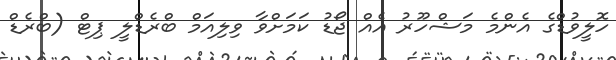
ހޮލީވުޑްގެ އެންމެ މަޝްހޫރު އެއް ޖޯޑު ކަމަށްވާ ވިލިއަމް ބްރެޑްލީ ޕިޓް (ބްރެޑް